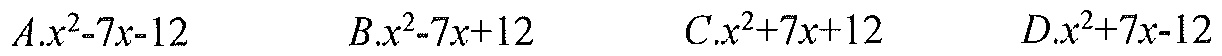
\(A.x^{2}-7x - 12\)  \qquad \(B.x^{2}-7x + 12\)  \qquad \(C.x^{2}+7x + 12\)  \qquad \(D.x^{2}+7x - 12\)